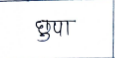
मजकूर: छुपा